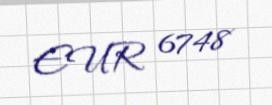
EUR 6748